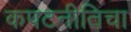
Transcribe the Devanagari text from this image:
कपटनीतिचा